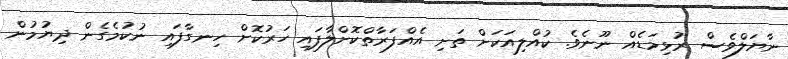
ނާޔަލްވެސް ރުޅިމަޑެއް ނޫނެވެ. ކުއްލިއަކަށް ތަށި އެއްފަރާތްކޮށްލާފައި ހަރުކޮށް ހިނގާފައި ނުކުމެގެން ދިޔުމުން